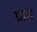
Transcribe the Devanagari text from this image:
ग्राड